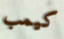
كيمب